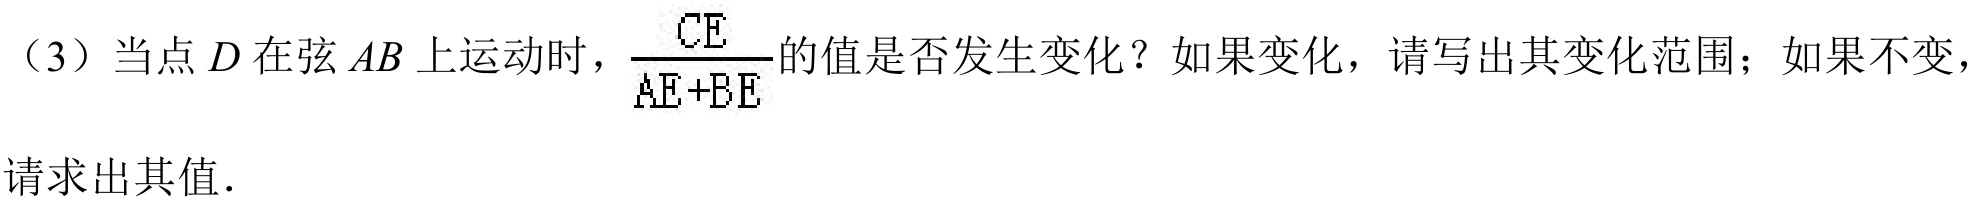
（3）当点\(D\)在弦\(AB\)上运动时，\(\dfrac{CE}{AE + BE}\)的值是否发生变化？如果变化，请写出其变化范围；如果不变，请求出其值．